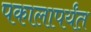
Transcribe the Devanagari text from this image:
पकालापर्यंत